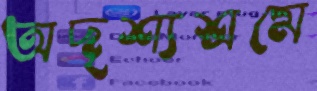
অদৃশ্যশ্রমে